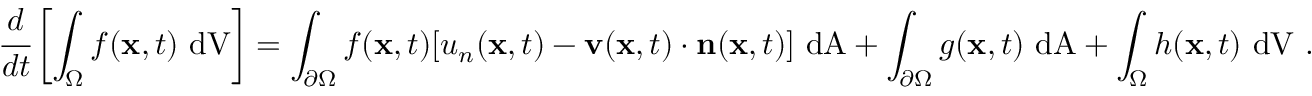
{ \cfrac { d } { d t } } \left[ \int _ { \Omega } f ( \mathbf { x } , t ) ~ { \mathrm { d V } } \right] = \int _ { \partial \Omega } f ( \mathbf { x } , t ) [ u _ { n } ( \mathbf { x } , t ) - \mathbf { v } ( \mathbf { x } , t ) \cdot \mathbf { n } ( \mathbf { x } , t ) ] ~ { \mathrm { d A } } + \int _ { \partial \Omega } g ( \mathbf { x } , t ) ~ { \mathrm { d A } } + \int _ { \Omega } h ( \mathbf { x } , t ) ~ { \mathrm { d V } } ~ .